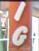
ig